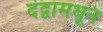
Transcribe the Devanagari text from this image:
दंद्वामधून